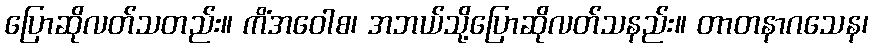
ပြောဆိုလတ်သတည်း။ ကိံအဝေါစ၊ အဘယ်သို့ပြောဆိုလတ်သနည်း။ တာတနာဂသေန၊